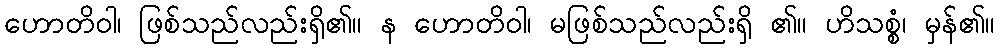
ဟောတိဝါ၊ ဖြစ်သည်လည်းရှိ၏။ န ဟောတိဝါ၊ မဖြစ်သည်လည်းရှိ ၏။ ဟိသစ္စံ၊ မှန်၏။